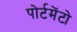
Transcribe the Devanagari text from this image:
पोर्टमेंटो